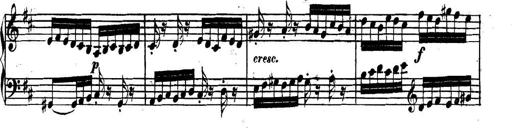
Title: Collected Piano Sonatas
Composer: Muzio Clementi